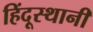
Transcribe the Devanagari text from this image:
हिंदूस्थानी